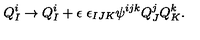
Q _ { I } ^ { i } \to Q _ { I } ^ { i } + \epsilon \ \epsilon _ { I J K } \psi ^ { i j k } Q _ { J } ^ { j } Q _ { K } ^ { k } .